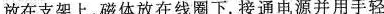
放在支架上，磁体放在线圈下。接通电源并用手轻